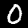
Digit: 0